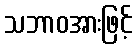
သဘာဝအားဖြင့်